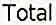
TOTAL